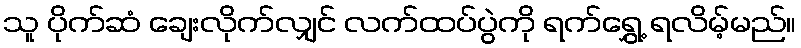
သူ ပိုက်ဆံ ချေးလိုက်လျှင် လက်ထပ်ပွဲကို ရက်ရွှေ့ ရလိမ့်မည်။